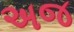
અજ